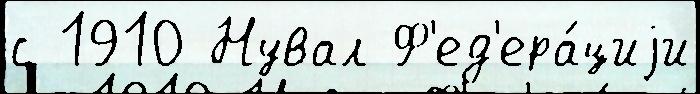
с 1910 Нувал Ф'ед'ера́циjи